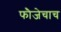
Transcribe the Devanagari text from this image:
फौजेचाच